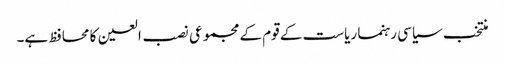
منتخب سیاسی رہنما ریاست کے قوم کے مجموعی نصب العین کا محافظ ہے۔